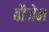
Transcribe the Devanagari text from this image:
बौजेन